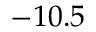
- 1 0 . 5